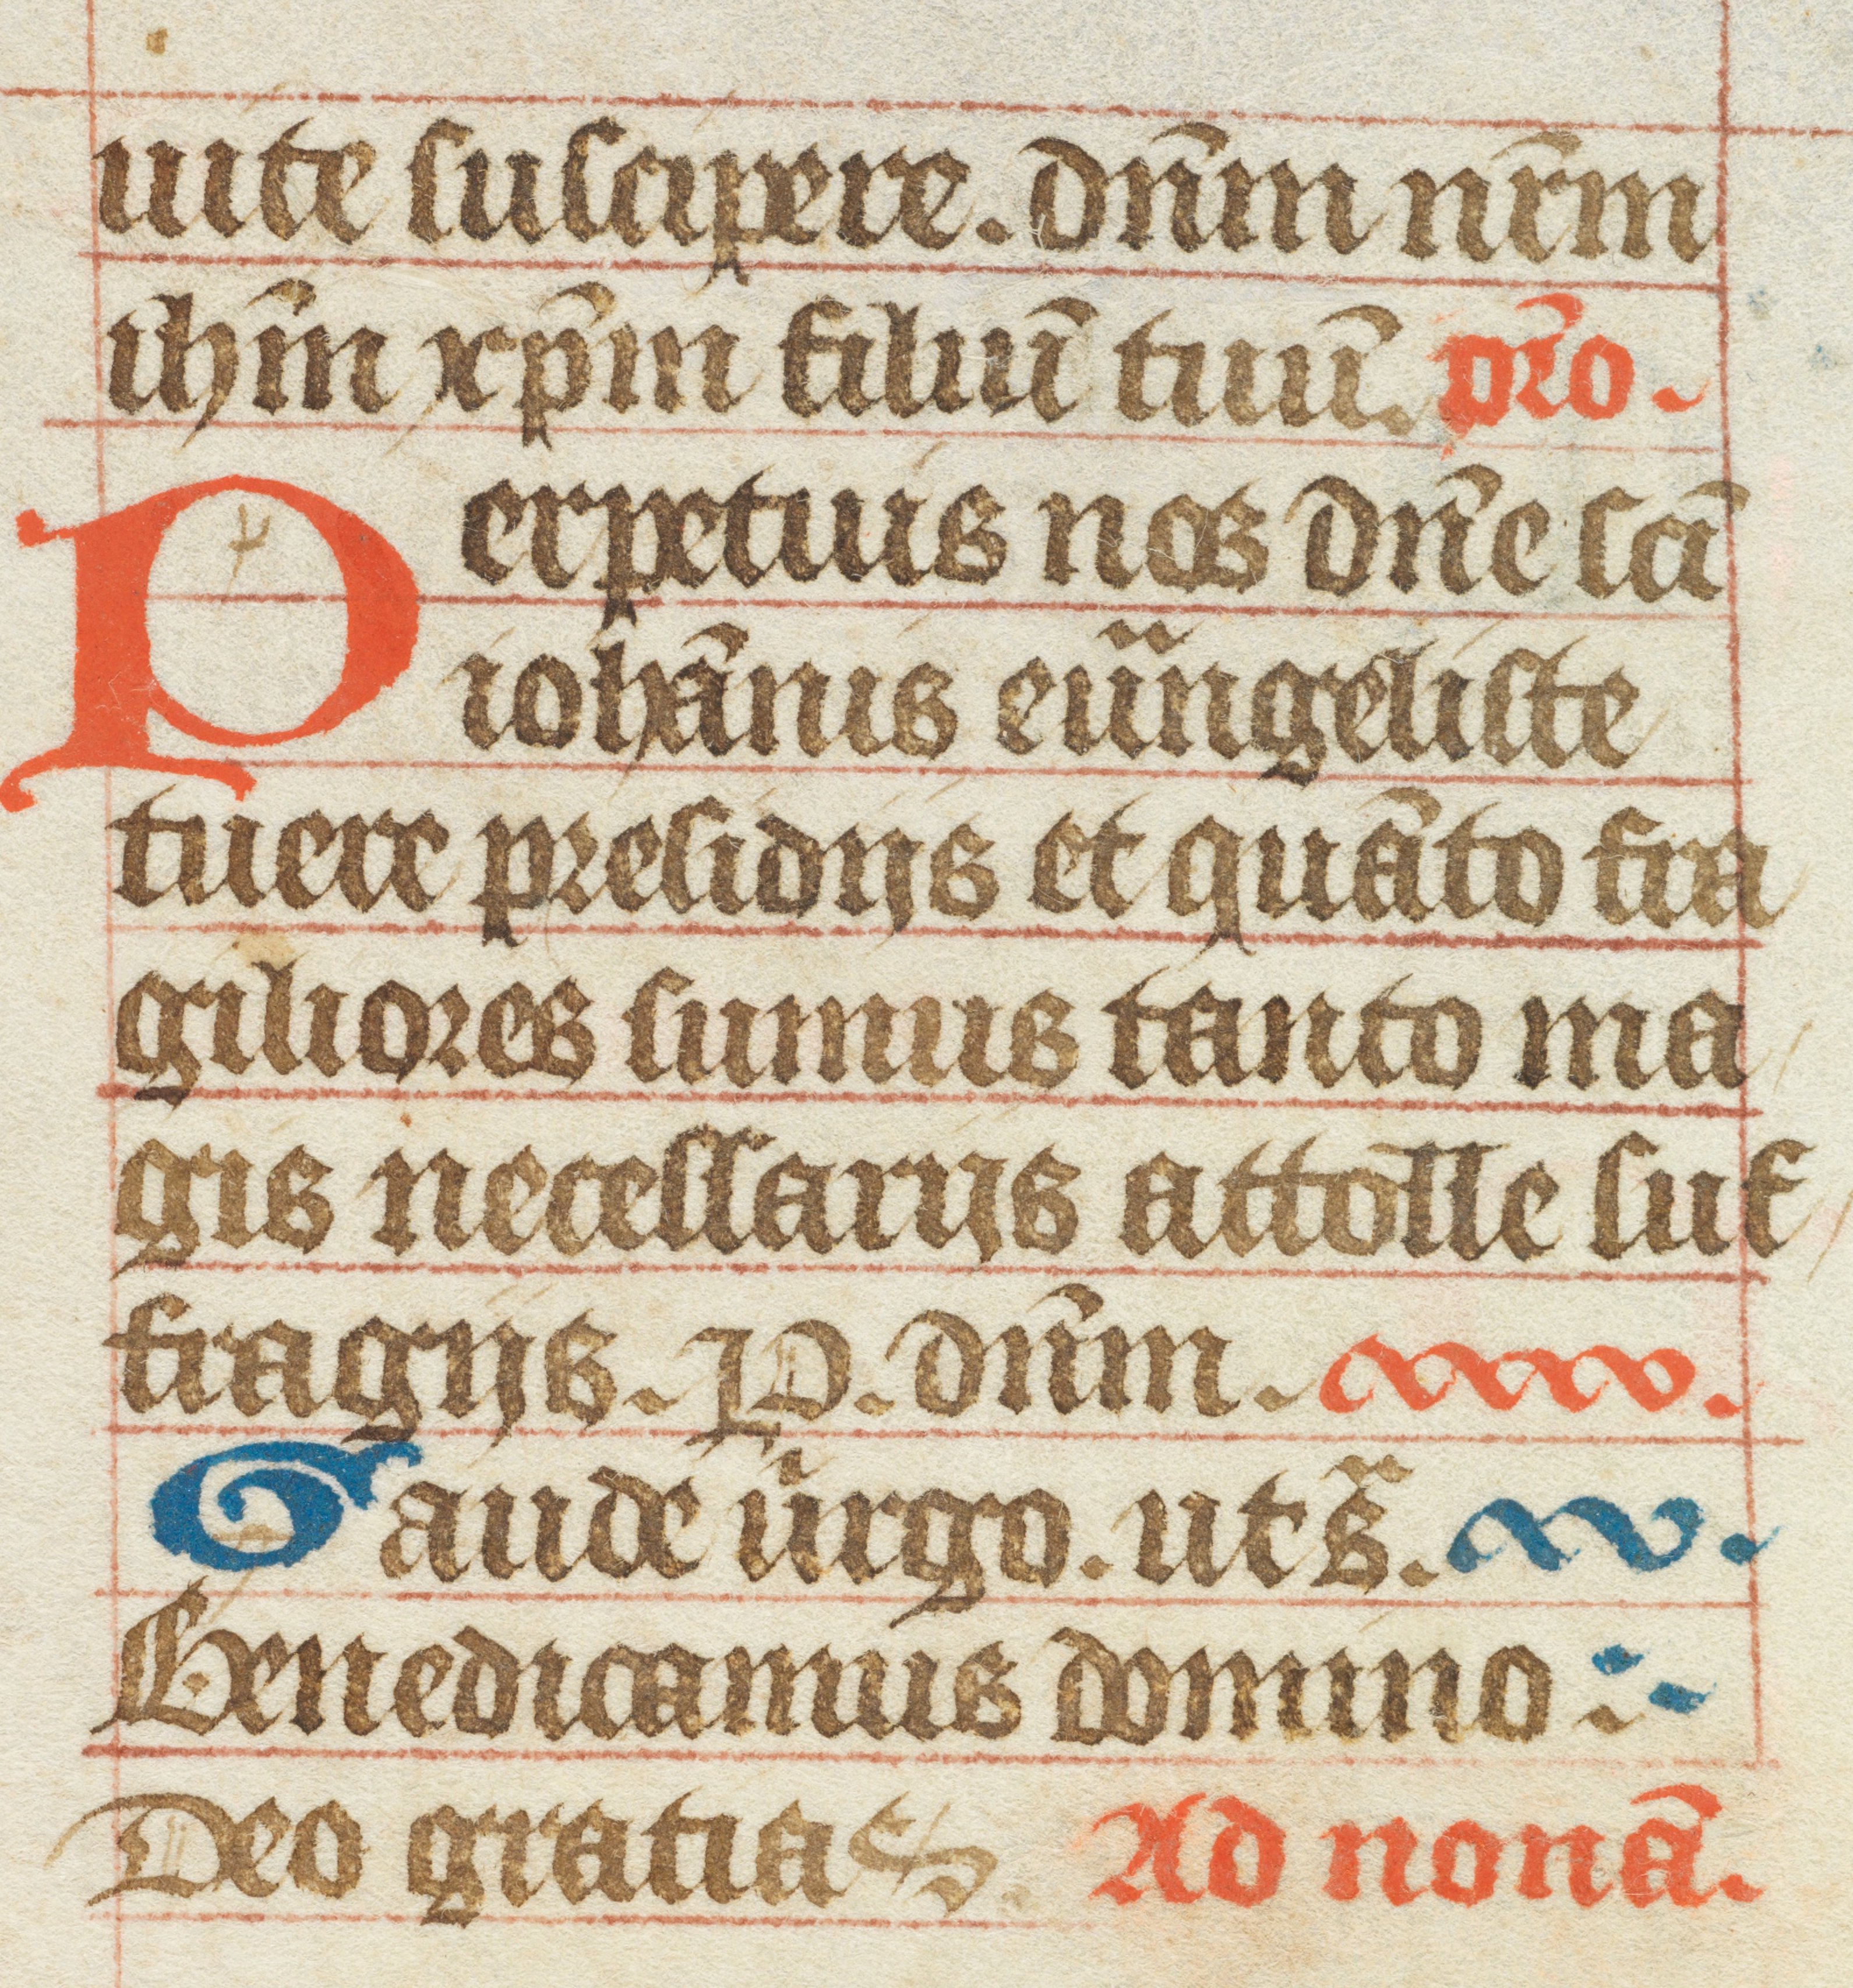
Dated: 1400–1415